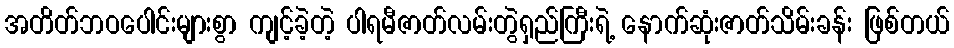
အတိတ်ဘဝပေါင်းများစွာ ကျင့်ခဲ့တဲ့ ပါရမီဇာတ်လမ်းတွဲရှည်ကြီးရဲ့ နောက်ဆုံးဇာတ်သိမ်းခန်း ဖြစ်တယ်